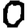
Digit: 0